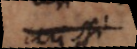
aussi